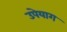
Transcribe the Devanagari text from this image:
उपेयाग